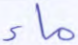
ماء